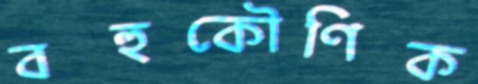
বহুকৌণিক